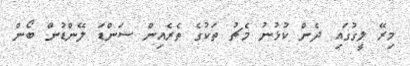
މިރޭ ލީގުގައި ދެން ކުޅުނު މެޗު ތަކުގެ ތެރެއިން ސަންޑަ ލޭންޑުން ބޯން